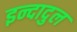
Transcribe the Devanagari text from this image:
इन्दादुल